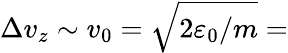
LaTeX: \Delta v_{z}\sim v_{0}=\sqrt{2\varepsilon_{0}/m}=